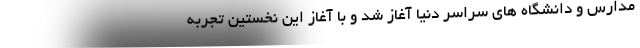
مدارس و دانشگاه های سراسر دنیا آغاز شد و با آغاز این نخستین تجربه